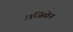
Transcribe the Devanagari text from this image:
अजिसेन